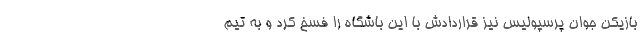
بازیکن جوان پرسپولیس نیز قراردادش با این باشگاه را فسخ کردَ و به تیم